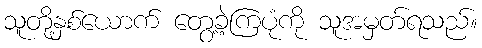
သူတို့နှစ်ယောက် တွေ့ခဲ့ကြပုံကို သူအမှတ်ရသည်။